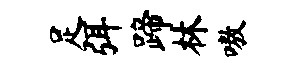
足弭蹄林嗷